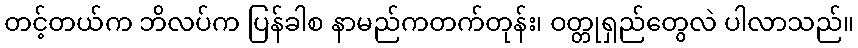
တင့်တယ်က ဘိလပ်က ပြန်ခါစ နာမည်ကတက်တုန်း၊ ဝတ္တုရှည်တွေလဲ ပါလာသည်။